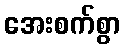
အေးစက်စွာ